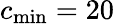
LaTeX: c_{\operatorname*{min}}=20